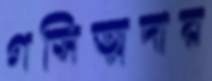
গসিত্মদার